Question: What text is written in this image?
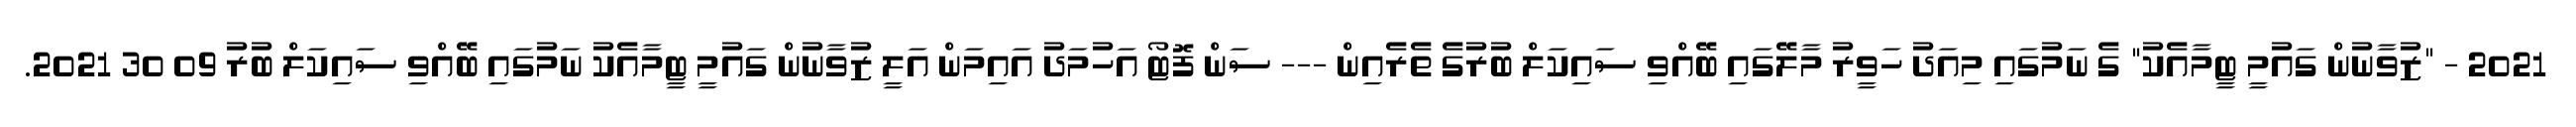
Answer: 2021 - "ޒުވާނުން ގައުމީ ޓީމާއެކު" ގެ ނަމުގައި މިއަދު ހަވީރު މާލޭގައި ބޭއްވި ސައިކަލް ބުރުގެ ތެރެއިން --- ސަން ފޮޓޯ އަހުމަދު އައިމަން އަލީ ޒުވާނުން ގައުމީ ޓީމާއެކު ނަމުގައި ބޭއްވި ސައިކަލް ބުރު 09 30 2021.